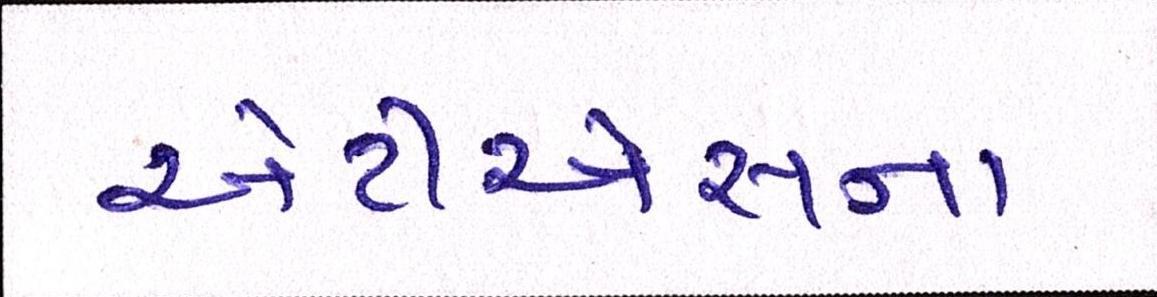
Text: એટીએસના